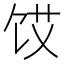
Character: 𮩜